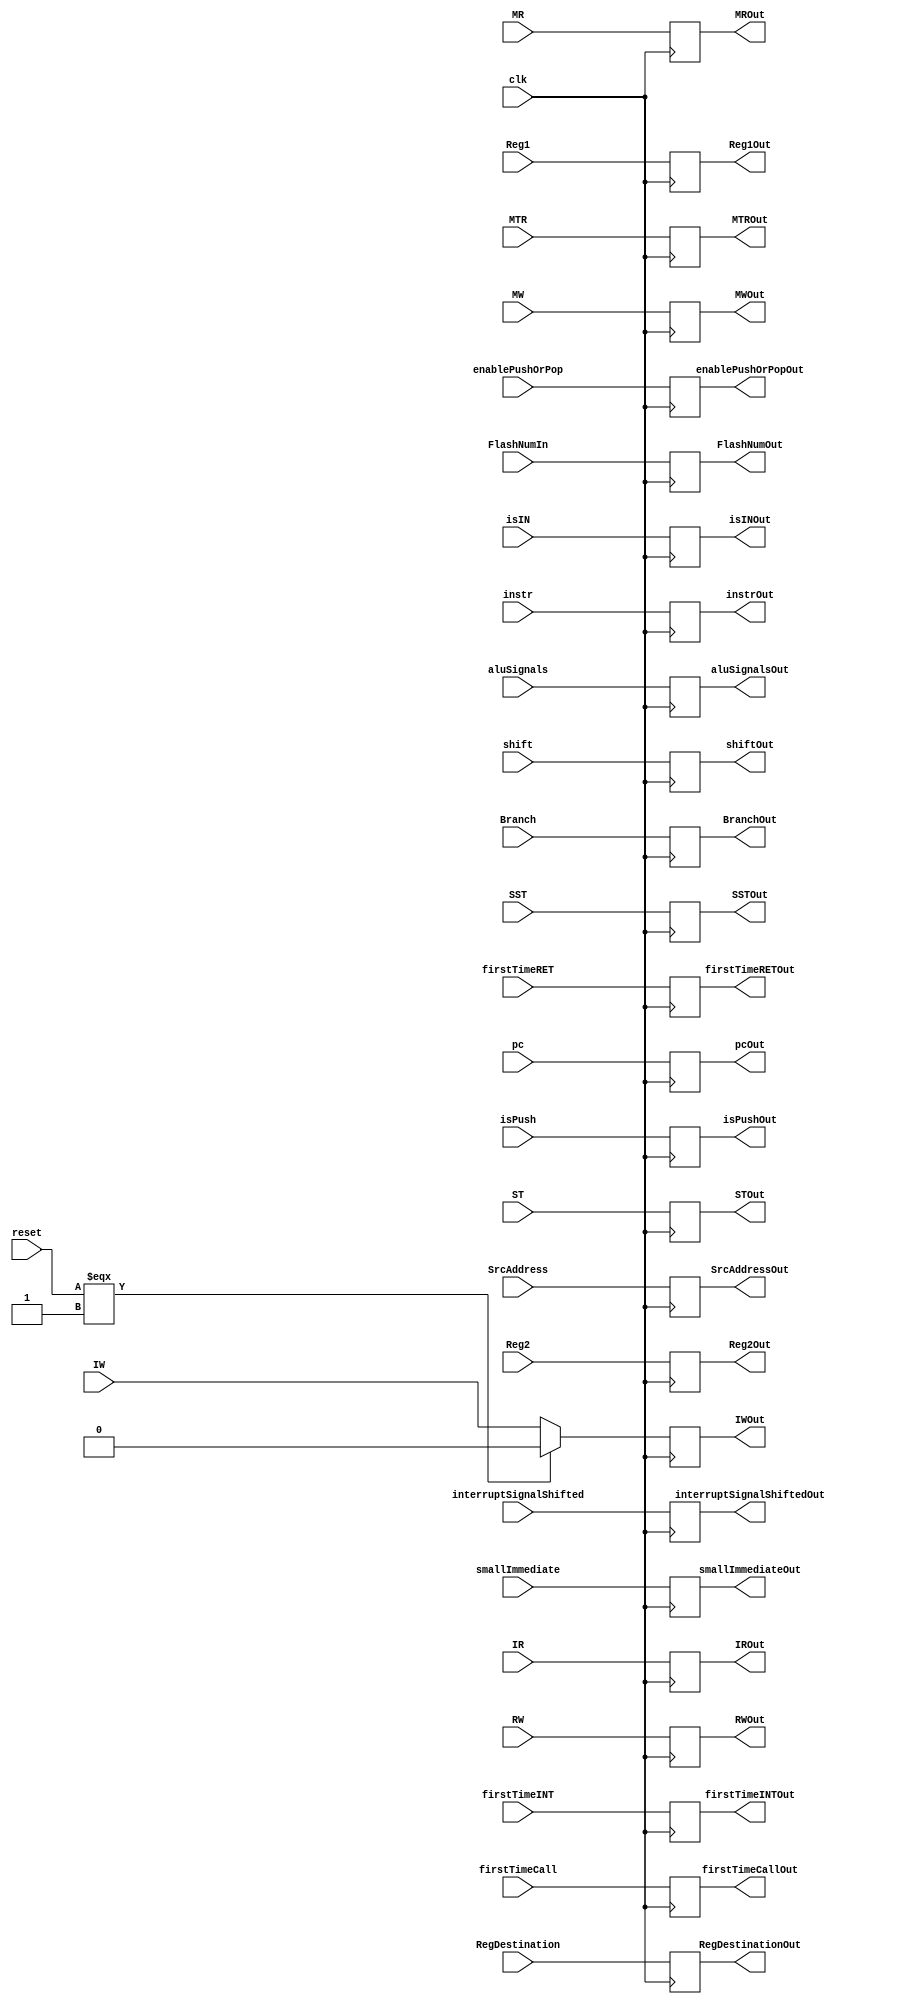
module DEBuffer(aluSignals, IR, IW, MR, MW, MTR, RW, Branch, ST, SST, isPush, isIN, Reg1, Reg2, smallImmediate, SrcAddress,
    RegDestination, FlashNumIn, instr, shift, enablePushOrPop, firstTimeCall, firstTimeRET, firstTimeINT, pc, reset, interruptSignalShifted, clk, Reg1Out, Reg2Out, smallImmediateOut, 
    SrcAddressOut, RegDestinationOut, FlashNumOut, IROut, IWOut, MROut, MWOut, MTROut, RWOut, BranchOut, 
    aluSignalsOut, instrOut, shiftOut, enablePushOrPopOut, firstTimeCallOut, pcOut, firstTimeRETOut, firstTimeINTOut, STOut, SSTOut, isPushOut, isINOut, interruptSignalShiftedOut
);


// Inputs to the buffer
input clk, reset, ST, SST, IR, IW, MR, MW, MTR, RW, Branch, shift, isPush, isIN, interruptSignalShifted; 
input [15:0] Reg1,Reg2, instr;
input [4:0]  smallImmediate;
input [2:0]  SrcAddress;
input [2:0]  RegDestination;
input [1:0]  FlashNumIn, enablePushOrPop, firstTimeCall, firstTimeRET, firstTimeINT;
input [4:0]  aluSignals;
input [31:0] pc;

// Outputs from the buffer
output reg  [15:0] Reg1Out, Reg2Out, instrOut;
output reg  [4:0]  smallImmediateOut;
output reg  [2:0]  SrcAddressOut;
output reg  [2:0]  RegDestinationOut;
output reg  [1:0]  FlashNumOut, enablePushOrPopOut, firstTimeCallOut, firstTimeRETOut, firstTimeINTOut;
output reg STOut, SSTOut, IROut, IWOut, MROut, MWOut, MTROut, RWOut, BranchOut, shiftOut, isPushOut, isINOut, interruptSignalShiftedOut;
output reg [4:0] aluSignalsOut;
output reg [31:0] pcOut;

always@(posedge clk)
begin
    FlashNumOut=FlashNumIn;
    STOut=ST;
    SSTOut=SST;
    Reg1Out=Reg1;
    Reg2Out=Reg2;
    smallImmediateOut=smallImmediate;
    SrcAddressOut=SrcAddress;
    RegDestinationOut=RegDestination;
    IROut = IR;
    interruptSignalShiftedOut = interruptSignalShifted;
    if(reset === 1'b1)
        IWOut = 1'b0;
    else 
        IWOut = IW;
    MROut = MR;
    MWOut = MW;
    MTROut = MTR;
    RWOut = RW;
    BranchOut = Branch;
    aluSignalsOut = aluSignals;
    instrOut = instr;
    shiftOut = shift;
    enablePushOrPopOut = enablePushOrPop;
    firstTimeCallOut = firstTimeCall;
    pcOut = pc;
    firstTimeRETOut = firstTimeRET;
    firstTimeINTOut = firstTimeINT;
    isPushOut = isPush;
    isINOut = isIN;
end
endmodule